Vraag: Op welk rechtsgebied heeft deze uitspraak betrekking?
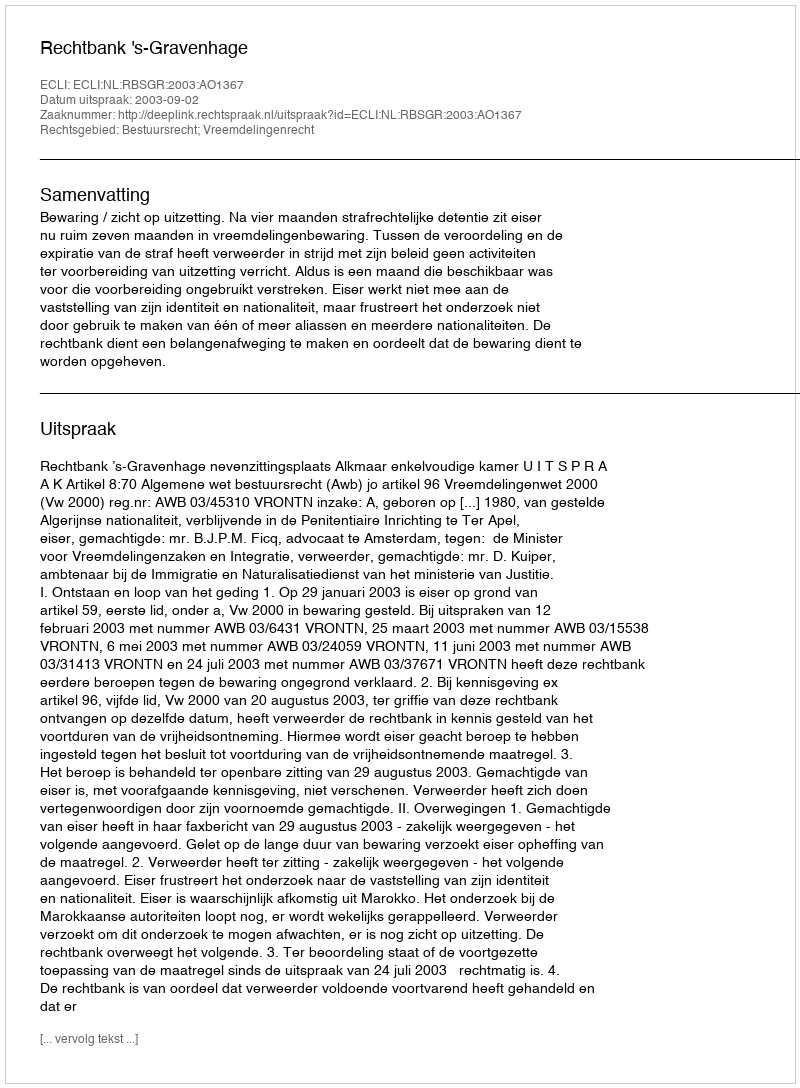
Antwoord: Bestuursrecht; Vreemdelingenrecht